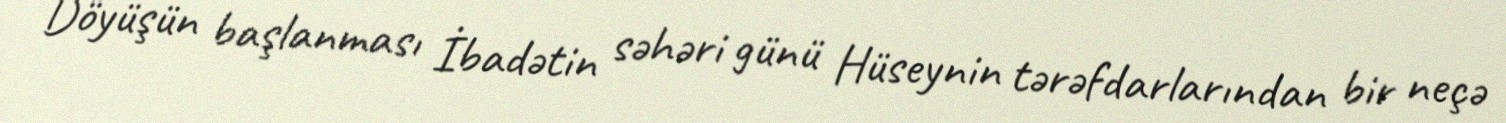
Döyüşün başlanması İbadətin səhəri günü Hüseynin tərəfdarlarından bir neçə